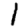
Digit: 1